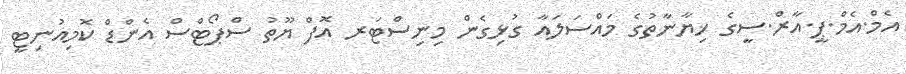
އެމް.އެމް.ޕީ.އާރް.ސީގެ ޚިޔާނާތުގެ މައްސަލައާ ގުޅިގެން މިނިސްޓަރ އޮފް ޔޫތު ސްޕޯޓްސް އެންޑް ކޮމިއުނިޓީ